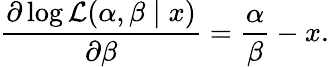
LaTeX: {\frac{\partial\log{\mathcal{L}}(\alpha,\beta\mid x)}{\partial\beta}}={\frac{\alpha}{\beta}}-x.